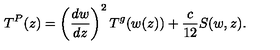
T ^ { P } ( z ) = \left( \frac { d w } { d z } \right) ^ { 2 } T ^ { g } ( w ( z ) ) + \frac { c } { 1 2 } S ( w , z ) .